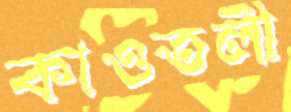
কাওতলী